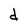
Character: d